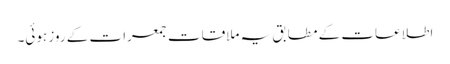
اطلاعات کے مطابق یہ ملاقات جمعرات کے روز ہوئی۔